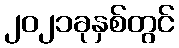
၂၀၂၁ခုနှစ်တွင်